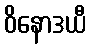
ဝိနောဒယီ